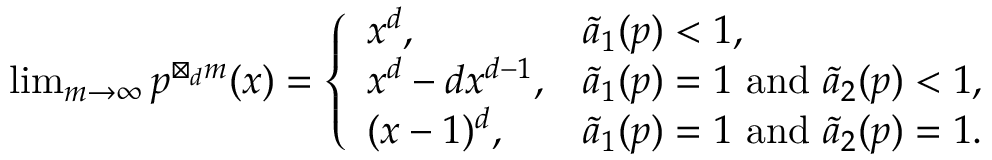
\begin{array} { r } { \operatorname* { l i m } _ { m \rightarrow \infty } p ^ { \boxtimes _ { d } m } ( x ) = \left\{ \begin{array} { l l } { x ^ { d } , } & { \widetilde { a } _ { 1 } ( p ) < 1 , } \\ { x ^ { d } - d x ^ { d - 1 } , } & { \widetilde { a } _ { 1 } ( p ) = 1 \mathrm { ~ a n d ~ } \widetilde { a } _ { 2 } ( p ) < 1 , } \\ { ( x - 1 ) ^ { d } , } & { \widetilde { a } _ { 1 } ( p ) = 1 \mathrm { ~ a n d ~ } \widetilde { a } _ { 2 } ( p ) = 1 . } \end{array} \right. } \end{array}